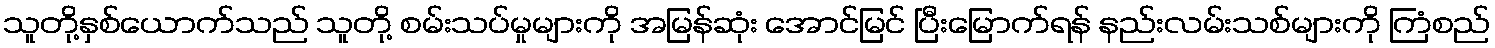
သူတို့နှစ်ယောက်သည် သူတို့ စမ်းသပ်မှုများကို အမြန်ဆုံး အောင်မြင် ပြီးမြောက်ရန် နည်းလမ်းသစ်များကို ကြံစည်